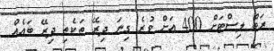
ރަތް ލިސްޓަށް 400 އަށް ވުރެ ގިނަ ދިރޭ ތަކެތި ދިރޭ ބައެއް